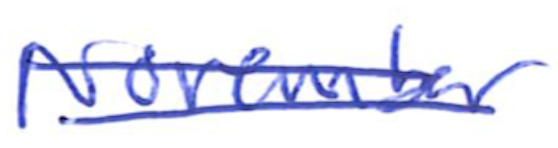
Text: November
Cross-out: double-line
Writing tool: ballpoint